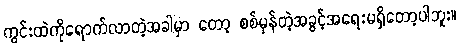
ကွင်းထဲကိုရောက်လာတဲ့အခါမှာ တော့ စစ်မှန်တဲ့အခွင့်အရေးမရှိတော့ပါဘူး။